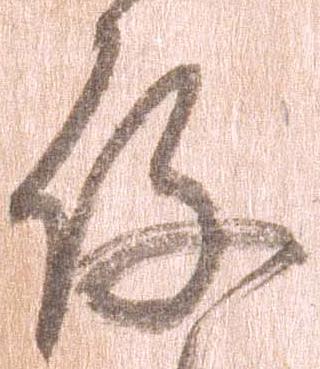
存